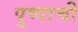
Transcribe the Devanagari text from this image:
पुष्पाची